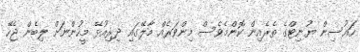
ހައުސިން ޔުނިޓްގެ ތެރެއިން ކޮންމެވެސް މިންވަރެއް މާލޭގައި ދިރިއުޅޭ މީހުންނަށް ލިބެން ޖެހޭ